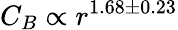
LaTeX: C_{B}\propto r^{1.68\pm 0.23}